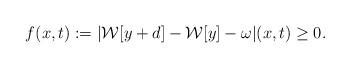
LaTeX: \begin{align*}f(x,t):=|\mathcal{W}[y+d] - \mathcal{W}[y] - \omega|(x,t)\ge 0.\end{align*}